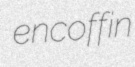
encoffin